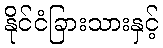
နိုင်ငံခြားသားနှင့်